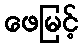
ဖေမြင့်